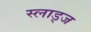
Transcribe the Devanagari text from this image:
स्लाड्ज